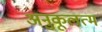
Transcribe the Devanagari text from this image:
अनुकूलत्म